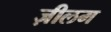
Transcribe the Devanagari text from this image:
ज़ीलम